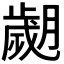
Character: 𦡖